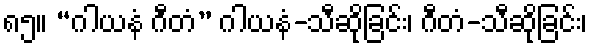
၈၅။ “ဂါယနံ ဂီတံ” ဂါယနံ-သီဆိုခြင်း၊ ဂီတံ-သီဆိုခြင်း၊